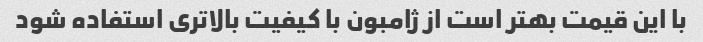
با این قیمت بهتر است از ژامبون با کیفیت بالاتری استفاده شود